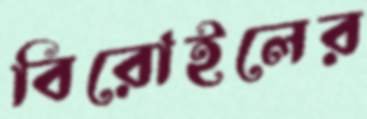
বিরোইলের